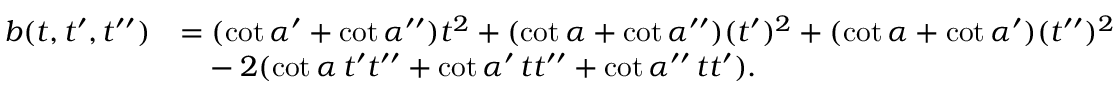
\begin{array} { r l } { b ( t , t ^ { \prime } , t ^ { \prime \prime } ) } & { = ( \cot \alpha ^ { \prime } + \cot \alpha ^ { \prime \prime } ) t ^ { 2 } + ( \cot \alpha + \cot \alpha ^ { \prime \prime } ) ( t ^ { \prime } ) ^ { 2 } + ( \cot \alpha + \cot \alpha ^ { \prime } ) ( t ^ { \prime \prime } ) ^ { 2 } } \\ & { \phantom { = } - 2 ( \cot \alpha \, t ^ { \prime } t ^ { \prime \prime } + \cot \alpha ^ { \prime } \, t t ^ { \prime \prime } + \cot \alpha ^ { \prime \prime } \, t t ^ { \prime } ) . } \end{array}